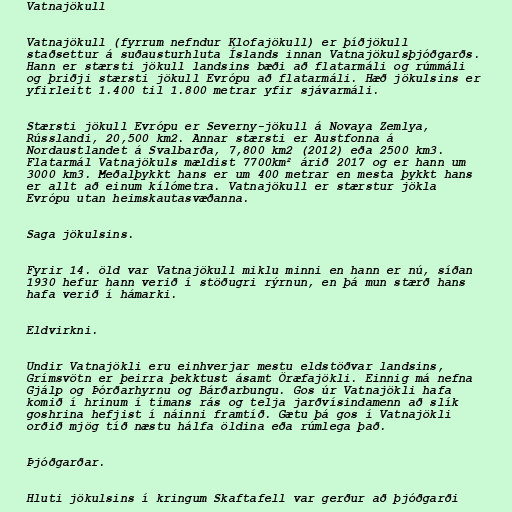
Vatnajökull

Vatnajökull (fyrrum nefndur Klofajökull) er þíðjökull
staðsettur á suðausturhluta Íslands innan Vatnajökulsþjóðgarðs.
Hann er stærsti jökull landsins bæði að flatarmáli og rúmmáli
og þriðji stærsti jökull Evrópu að flatarmáli. Hæð jökulsins er
yfirleitt 1.400 til 1.800 metrar yfir sjávarmáli.

Stærsti jökull Evrópu er Severny-jökull á Novaya Zemlya,
Rússlandi, 20,500 km2. Annar stærsti er Austfonna á
Nordaustlandet á Svalbarða, 7,800 km2 (2012) eða 2500 km3.
Flatarmál Vatnajökuls mældist 7700km² árið 2017 og er hann um
3000 km3. Meðalþykkt hans er um 400 metrar en mesta þykkt hans
er allt að einum kílómetra. Vatnajökull er stærstur jökla
Evrópu utan heimskautasvæðanna.

Saga jökulsins.

Fyrir 14. öld var Vatnajökull miklu minni en hann er nú, síðan
1930 hefur hann verið í stöðugri rýrnun, en þá mun stærð hans
hafa verið í hámarki.

Eldvirkni.

Undir Vatnajökli eru einhverjar mestu eldstöðvar landsins,
Grímsvötn er þeirra þekktust ásamt Öræfajökli. Einnig má nefna
Gjálp og Þórðarhyrnu og Bárðarbungu. Gos úr Vatnajökli hafa
komið í hrinum í tímans rás og telja jarðvísindamenn að slík
goshrina hefjist í náinni framtíð. Gætu þá gos í Vatnajökli
orðið mjög tíð næstu hálfa öldina eða rúmlega það.

Þjóðgarðar.

Hluti jökulsins í kringum Skaftafell var gerður að þjóðgarði